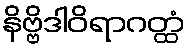
နိဗ္ဗိဒါဝိရာဂတ္ထံ